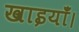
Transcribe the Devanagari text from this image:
खाइयाँ।